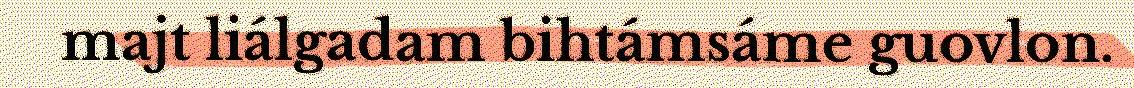
majt liálgadam bihtámsáme guovlon.